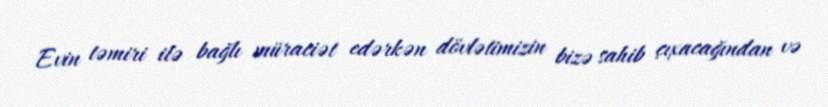
Evin təmiri ilə bağlı müraciət edərkən dövlətimizin bizə sahib çıxacağından və